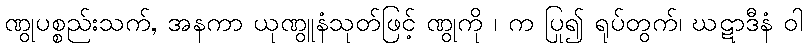
ဏွုပစ္စည်းသက်, အနကာ ယုဏွူနံသုတ်ဖြင့် ဏွုကို ၊ က ပြု၍ ရုပ်တွက်၊ ဃဋာဒီနံ ဝါ